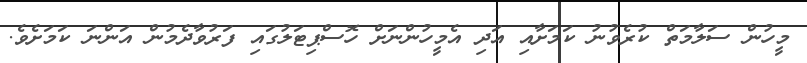
މީހުން ސަލާމަތް ކުރެވުނު ކަމަށާއި އަދި އެމީހުންނަށް ހޮސްޕިޓަލުގައި ފަރުވާދެމުން އަންނަ ކަމަށެވެ.